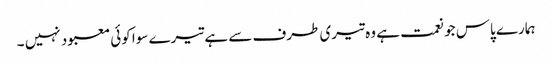
ہمارے پاس جو نعمت ہے وہ تیری طرف سے ہے تیرے سوا کوئی معبود نہیں ۔